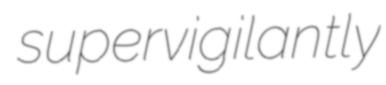
supervigilantly